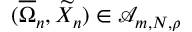
( \overline { \Omega } _ { n } , \widetilde X _ { n } ) \in \mathcal A _ { m , N , \rho }